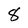
Character: 8